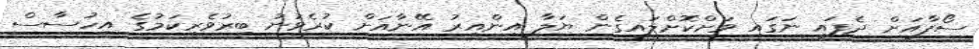
ސޯފާއަށް ދެފައި ނަގައި ވަށްކޮށްލައިގެން ޔަލާ އިންއިރު އޭނާއަށް ކުރެވުނު ބިރުވެރިކަމުގެ އިހުސާސް